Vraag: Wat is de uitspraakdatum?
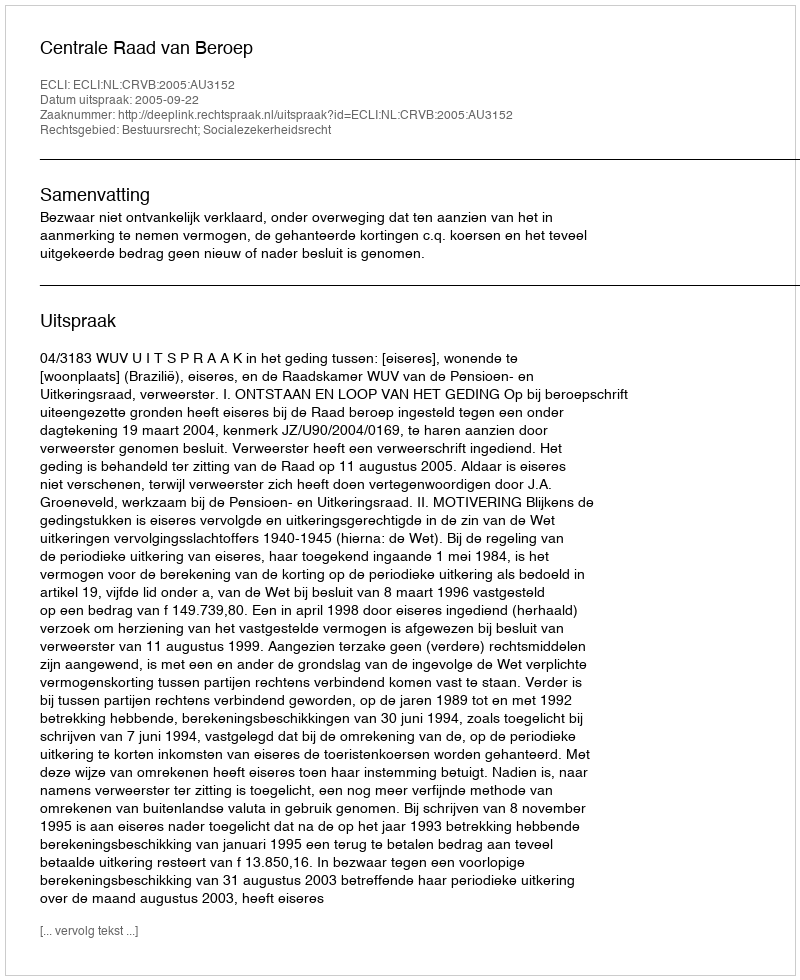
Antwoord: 2005-09-22